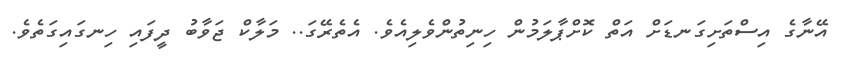
އޭނާގެ އިސްތަށިގަނޑަށް އަތް ކޮށްޕާލަމުން ހިނިތުންވެލިއެވެ. އެތެރޭގަ.. މަލާކް ޖަވާބު ދީފައި ހިނގައިގަތެވެ.